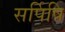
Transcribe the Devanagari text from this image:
सर्पिषि